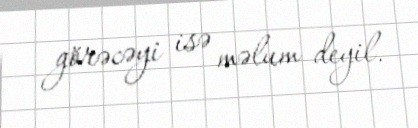
görəcəyi isə məlum deyil.